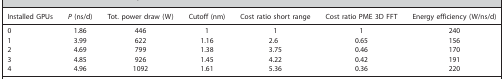
<table><thead><tr><td><b>Installed GPUs</b></td><td><b><i>P</i> (ns/d)</b></td><td><b>Tot. power draw (W)</b></td><td><b>Cutoff (nm)</b></td><td><b>Cost ratio short range</b></td><td><b>Cost ratio PME 3D FFT</b></td><td><b>Energy efficiency (W/ns/d)</b></td></tr></thead><tbody><tr><td>0</td><td>1.86</td><td>446</td><td>1</td><td>1</td><td>1</td><td>240</td></tr><tr><td>1</td><td>3.99</td><td>622</td><td>1.16</td><td>2.6</td><td>0.65</td><td>156</td></tr><tr><td>2</td><td>4.69</td><td>799</td><td>1.38</td><td>3.75</td><td>0.46</td><td>170</td></tr><tr><td>3</td><td>4.85</td><td>926</td><td>1.45</td><td>4.22</td><td>0.42</td><td>191</td></tr><tr><td>4</td><td>4.96</td><td>1092</td><td>1.61</td><td>5.36</td><td>0.36</td><td>220</td></tr></tbody></table>